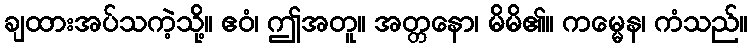
ချထားအပ်သကဲ့သို့။ ဧဝံ၊ ဤအတူ။ အတ္တနော၊ မိမိ၏။ ကမ္မေန၊ ကံသည်။